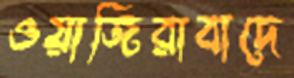
ওয়াজিরাবাদে